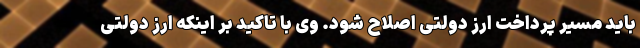
باید مسیر پرداخت ارز دولتی اصلاح شود. وی با تاکید بر اینکه ارز دولتی